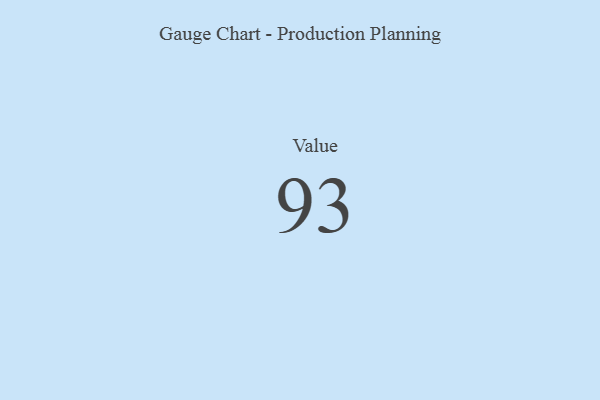
{"axis": {"x": "Metric", "y": "Value"}, "legend": [""], "data": [{"x": "Value", "y": 93, "type": ""}]}